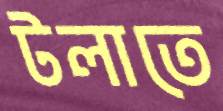
টলাতে